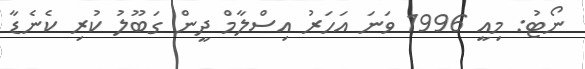
ނޯޓު: މިއީ 1996 ވަނަ އަހަރު އިސްލާމް ދީން ގަބޫލު ކުރި ކެނެޑާ